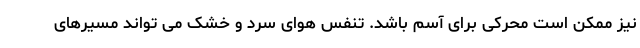
نیز ممکن است محرکی برای آسم باشد. تنفس هوای سرد و خشک می تواند مسیرهای